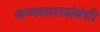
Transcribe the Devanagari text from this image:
जन्मकालसंबंधी